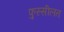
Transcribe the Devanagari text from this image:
फुस्सीलत